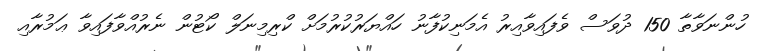
ހުންނަވާތާ 150 ދުވަސް ވެފައިވާއިރު އެމަނިކުފާނު ހައްޔަރުކުރުމަށް ކްރިމިނަލް ކޯޓުން ނެރުއްވާފައިވާ ޢަމުރާއި